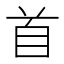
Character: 首